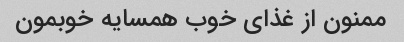
ممنون از غذای خوب همسایه خوبمون